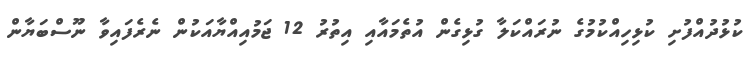
ކުޅުދުއްފުށި ކުޅިިހިއްކުމުގެ ނުރައްކަލާ ގުޅިގެން އުތެމައާއި އިތުރު 12 ޖަމުއިއްޔާއަކުން ނެރެފައިވާ ނޫސްބަޔާން